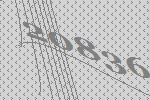
20836